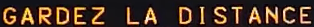
GARDEZ LA DISTANCE